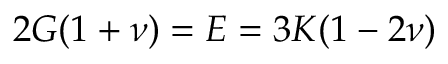
2 G ( 1 + \nu ) = E = 3 K ( 1 - 2 \nu )